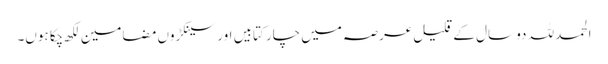
الحمد للہ دو سال کے قلیل عرصہ میں چار کتابیں اور سینکڑوں مضامین لکھ چکا ہوں۔